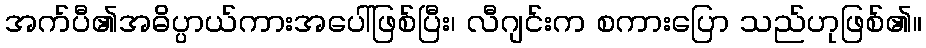
အက်ပီ၏အဓိပ္ပာယ်ကားအပေါ်ဖြစ်ပြီး၊ လီဂျင်းက စကားပြော သည်ဟုဖြစ်၏။